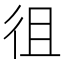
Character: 徂